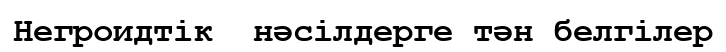
Негроидтік  нәсілдерге тән белгілер